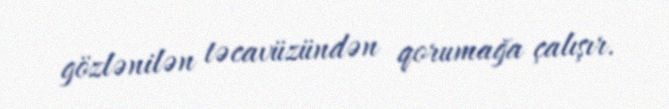
gözlənilən təcavüzündən qorumağa çalışır.